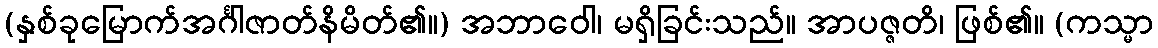
(နှစ်ခုမြောက်အင်္ဂါဇာတ်နိမိတ်၏။) အဘာဝေါ၊ မရှိခြင်းသည်။ အာပဇ္ဇတိ၊ ဖြစ်၏။ (ကသ္မာ